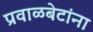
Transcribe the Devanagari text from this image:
प्रवाळबेटांना